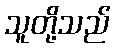
သူတို့သည်